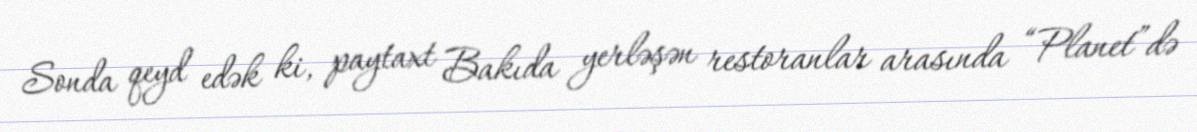
Sonda qeyd edək ki, paytaxt Bakıda yerləşən restoranlar arasında “Planet”də